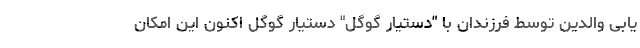
یابی والدین توسط فرزندان با "دستیار گوگل" دستیار گوگل اکنون این امکان